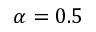
\alpha = 0 . 5